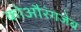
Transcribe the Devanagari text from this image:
कोऔरंगजेब